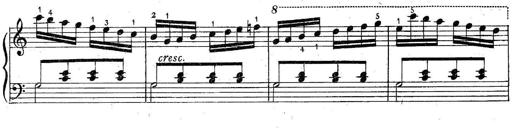
Title: 6 Easy Sonatinas
Composer: Carl Czerny